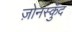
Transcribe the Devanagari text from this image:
ज़ोनस्कुँद